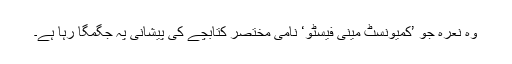
وہ نعرہ جو ’کمیونسٹ مینی فیسٹو‘ نامی مختصر کتابچے کی پیشانی پہ جگمگا رہا ہے۔